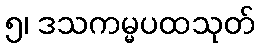
၅၊ ဒသကမ္မပထသုတ်